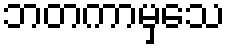
ဘတကာမှသေ